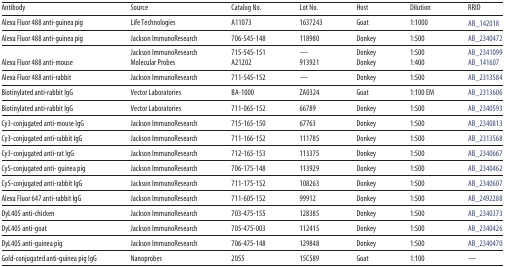
<table><thead><tr><td><b>Antibody</b></td><td><b>Source</b></td><td><b>Catalog No.</b></td><td><b>Lot No.</b></td><td><b>Host</b></td><td><b>Dilution</b></td><td><b>RRID</b></td></tr></thead><tbody><tr><td>Alexa Fluor 488 anti-guinea pig</td><td>Life Technologies</td><td>A11073</td><td>1637243</td><td>Goat</td><td>1:1000</td><td>AB_142018</td></tr><tr><td>Alexa Fluor 488 anti-guinea pig</td><td>Jackson ImmunoResearch</td><td>706-545-148</td><td>118980</td><td>Donkey</td><td>1:500</td><td>AB_2340472</td></tr><tr><td></td><td>Jackson ImmunoResearch</td><td>715-545-151</td><td>—</td><td>Donkey</td><td>1:500</td><td>AB_2341099</td></tr><tr><td>Alexa Fluor 488 anti-mouse</td><td>Molecular Probes</td><td>A21202</td><td>913921</td><td>Donkey</td><td>1:400</td><td>AB_141607</td></tr><tr><td>Alexa Fluor 488 anti-rabbit</td><td>Jackson ImmunoResearch</td><td>711-545-152</td><td>—</td><td>Donkey</td><td>1:500</td><td>AB_2313584</td></tr><tr><td>Biotinylated anti-rabbit IgG</td><td>Vector Laboratories</td><td>BA-1000</td><td>ZA0324</td><td>Goat</td><td>1:100 EM</td><td>AB_2313606</td></tr><tr><td>Biotinylated anti-rabbit IgG</td><td>Vector Laboratories</td><td>711-065-152</td><td>66789</td><td>Donkey</td><td>1:500</td><td>AB_2340593</td></tr><tr><td>Cy3-conjugated anti-mouse IgG</td><td>Jackson ImmunoResearch</td><td>715-165-150</td><td>67763</td><td>Donkey</td><td>1:500</td><td>AB_2340813</td></tr><tr><td>Cy3-conjugated anti-rabbit IgG</td><td>Jackson ImmunoResearch</td><td>711-166-152</td><td>111785</td><td>Donkey</td><td>1:500</td><td>AB_2313568</td></tr><tr><td>Cy3-conjugated anti-rat IgG</td><td>Jackson ImmunoResearch</td><td>712-165-153</td><td>113375</td><td>Donkey</td><td>1:500</td><td>AB_2340667</td></tr><tr><td>Cy5-conjugated anti- guinea pig</td><td>Jackson ImmunoResearch</td><td>706-175-148</td><td>113929</td><td>Donkey</td><td>1:500</td><td>AB_2340462</td></tr><tr><td>Cy5-conjugated anti-rabbit IgG</td><td>Jackson ImmunoResearch</td><td>711-175-152</td><td>108263</td><td>Donkey</td><td>1:500</td><td>AB_2340607</td></tr><tr><td>Alexa Fluor 647 anti-rabbit IgG</td><td>Jackson ImmunoResearch</td><td>711-605-152</td><td>99912</td><td>Donkey</td><td>1:500</td><td>AB_2492288</td></tr><tr><td>DyL405 anti-chicken</td><td>Jackson ImmunoResearch</td><td>703-475-155</td><td>128385</td><td>Donkey</td><td>1:500</td><td>AB_2340373</td></tr><tr><td>DyL405 anti-goat</td><td>Jackson ImmunoResearch</td><td>705-475-003</td><td>112415</td><td>Donkey</td><td>1:500</td><td>AB_2340426</td></tr><tr><td>DyL405 anti-guinea pig</td><td>Jackson ImmunoResearch</td><td>706-475-148</td><td>129848</td><td>Donkey</td><td>1:500</td><td>AB_2340470</td></tr><tr><td>Gold-conjugated anti-guinea pig IgG</td><td>Nanoprobes</td><td>2055</td><td>15C589</td><td>Goat</td><td>1:100</td><td>—</td></tr></tbody></table>